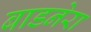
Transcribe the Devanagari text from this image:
बाडनेरा